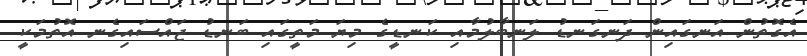
އެގޮތުން އަނގައިން ދަނގަނޑު ލަނބާލުމާއި ކަނޑީގެ މިޔަ މަތީގައި ބަނޑު ޖައްސައިގެނ އޮތުމަކީ